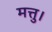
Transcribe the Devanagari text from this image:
मत्तु।